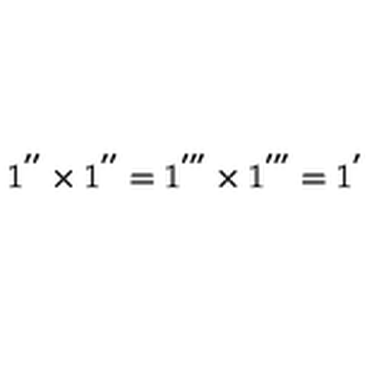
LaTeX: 1 ^ { ' ^ { \prime } } \times 1 ^ { ' ^ { \prime } } = 1 ^ { ' ^ { \prime \prime } } \times 1 ^ { ' ^ { \prime \prime } } = 1 ^ { ' }